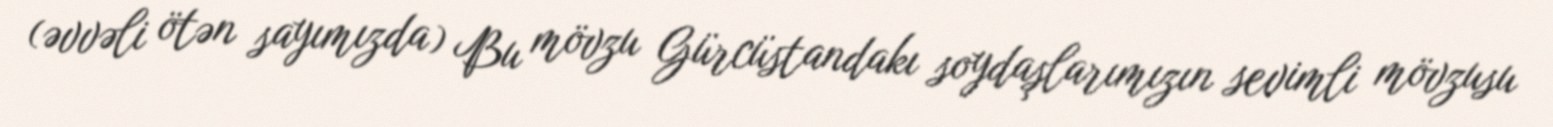
(əvvəli ötən sayımızda) Bu mövzu Gürcüstandakı soydaşlarımızın sevimli mövzusu